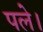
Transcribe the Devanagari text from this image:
पले।